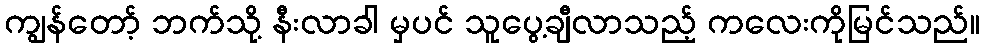
ကျွန်တော့် ဘက်သို့ နီးလာခါ မှပင် သူပွေ့ချီလာသည့် ကလေးကိုမြင်သည်။